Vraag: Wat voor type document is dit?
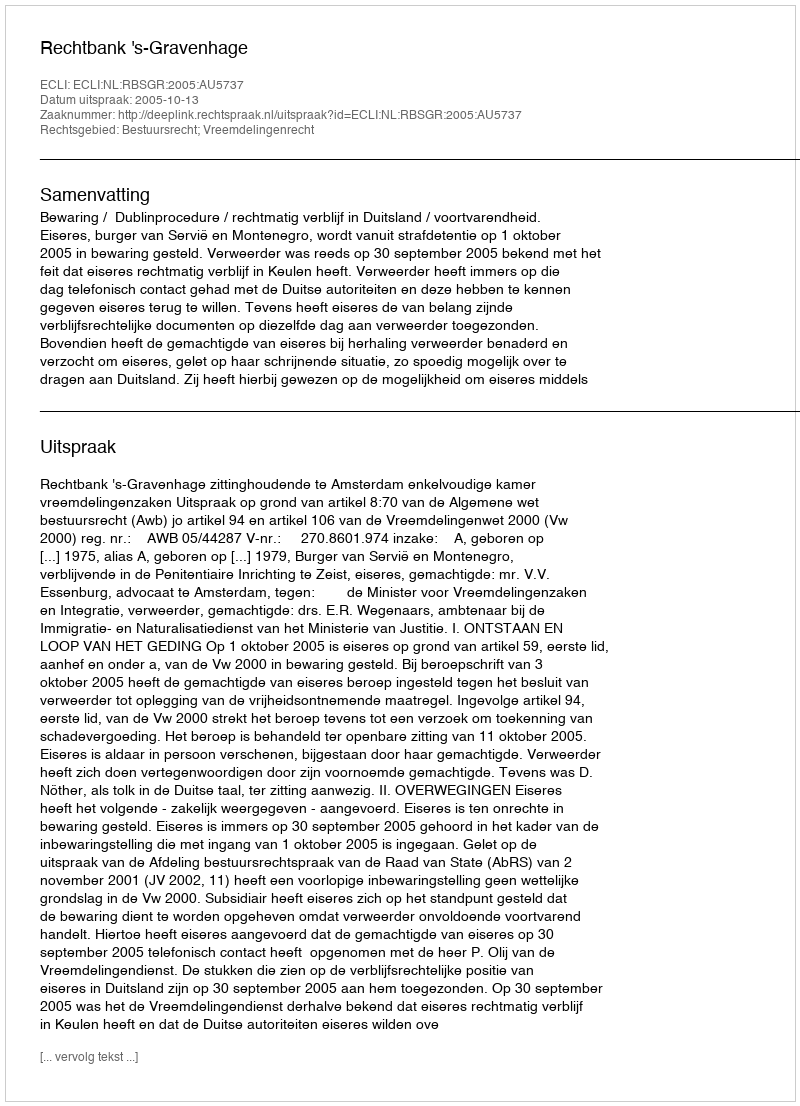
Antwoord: Uitspraak